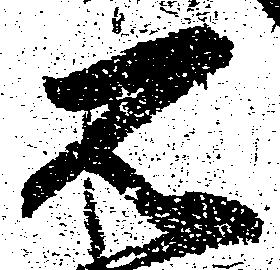
石